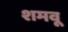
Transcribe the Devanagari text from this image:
शमवू